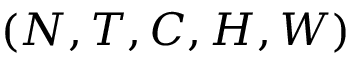
( N , T , C , H , W )